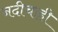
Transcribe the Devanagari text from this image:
नदीचाही